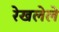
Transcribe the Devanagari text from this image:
रेखलेले